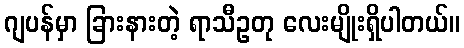
ဂျပန်မှာ ခြားနားတဲ့ ရာသီဥတု လေးမျိုးရှိပါတယ်။